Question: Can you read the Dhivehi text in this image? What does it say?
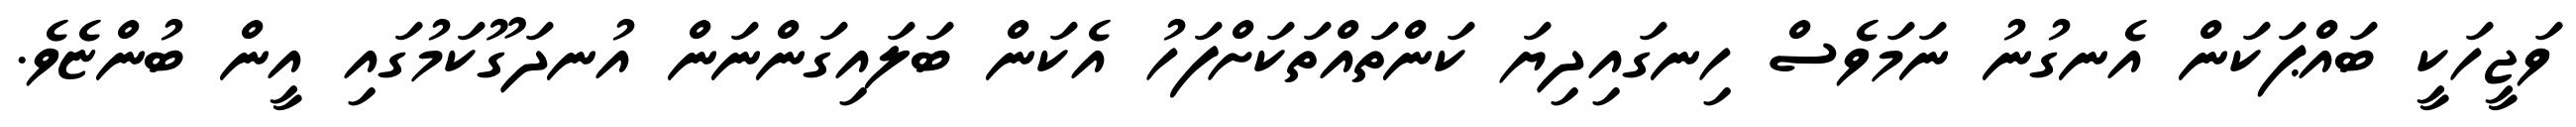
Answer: ވަޖީހަކީ ބައްޕަކަން އެނގުނު ނަމަވެސް ހިނގައިދިޔަ ކަންތައްތަކަށްފަހު އެކަން ބަލައިގަންނަން އުނދަގޫކަމުގައި އީން ބުންޏެވެ.